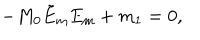
- M _ { 0 } \tilde { E } _ { \mathrm { m } } E _ { \mathrm { m } } + m _ { 1 } = 0 ,